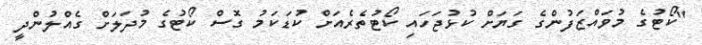
"ކޯޓުގެ މުވައްޒަފުންގެ ގަޔަށް ކުޅުޖަހައި ކޯޓުތެރެއަށް ކުޑަކަމު ގޮސް ކޯޓުގެ މުދަލަށް ގެއްލުންދީ